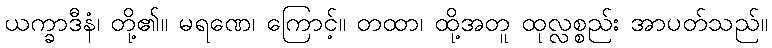
ယက္ခာဒီနံ၊ တို့၏။ မရဏေ၊ ကြောင့်။ တထာ၊ ထို့အတူ ထုလ္လစ္စည်း အာပတ်သည်။